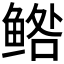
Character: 𱇼